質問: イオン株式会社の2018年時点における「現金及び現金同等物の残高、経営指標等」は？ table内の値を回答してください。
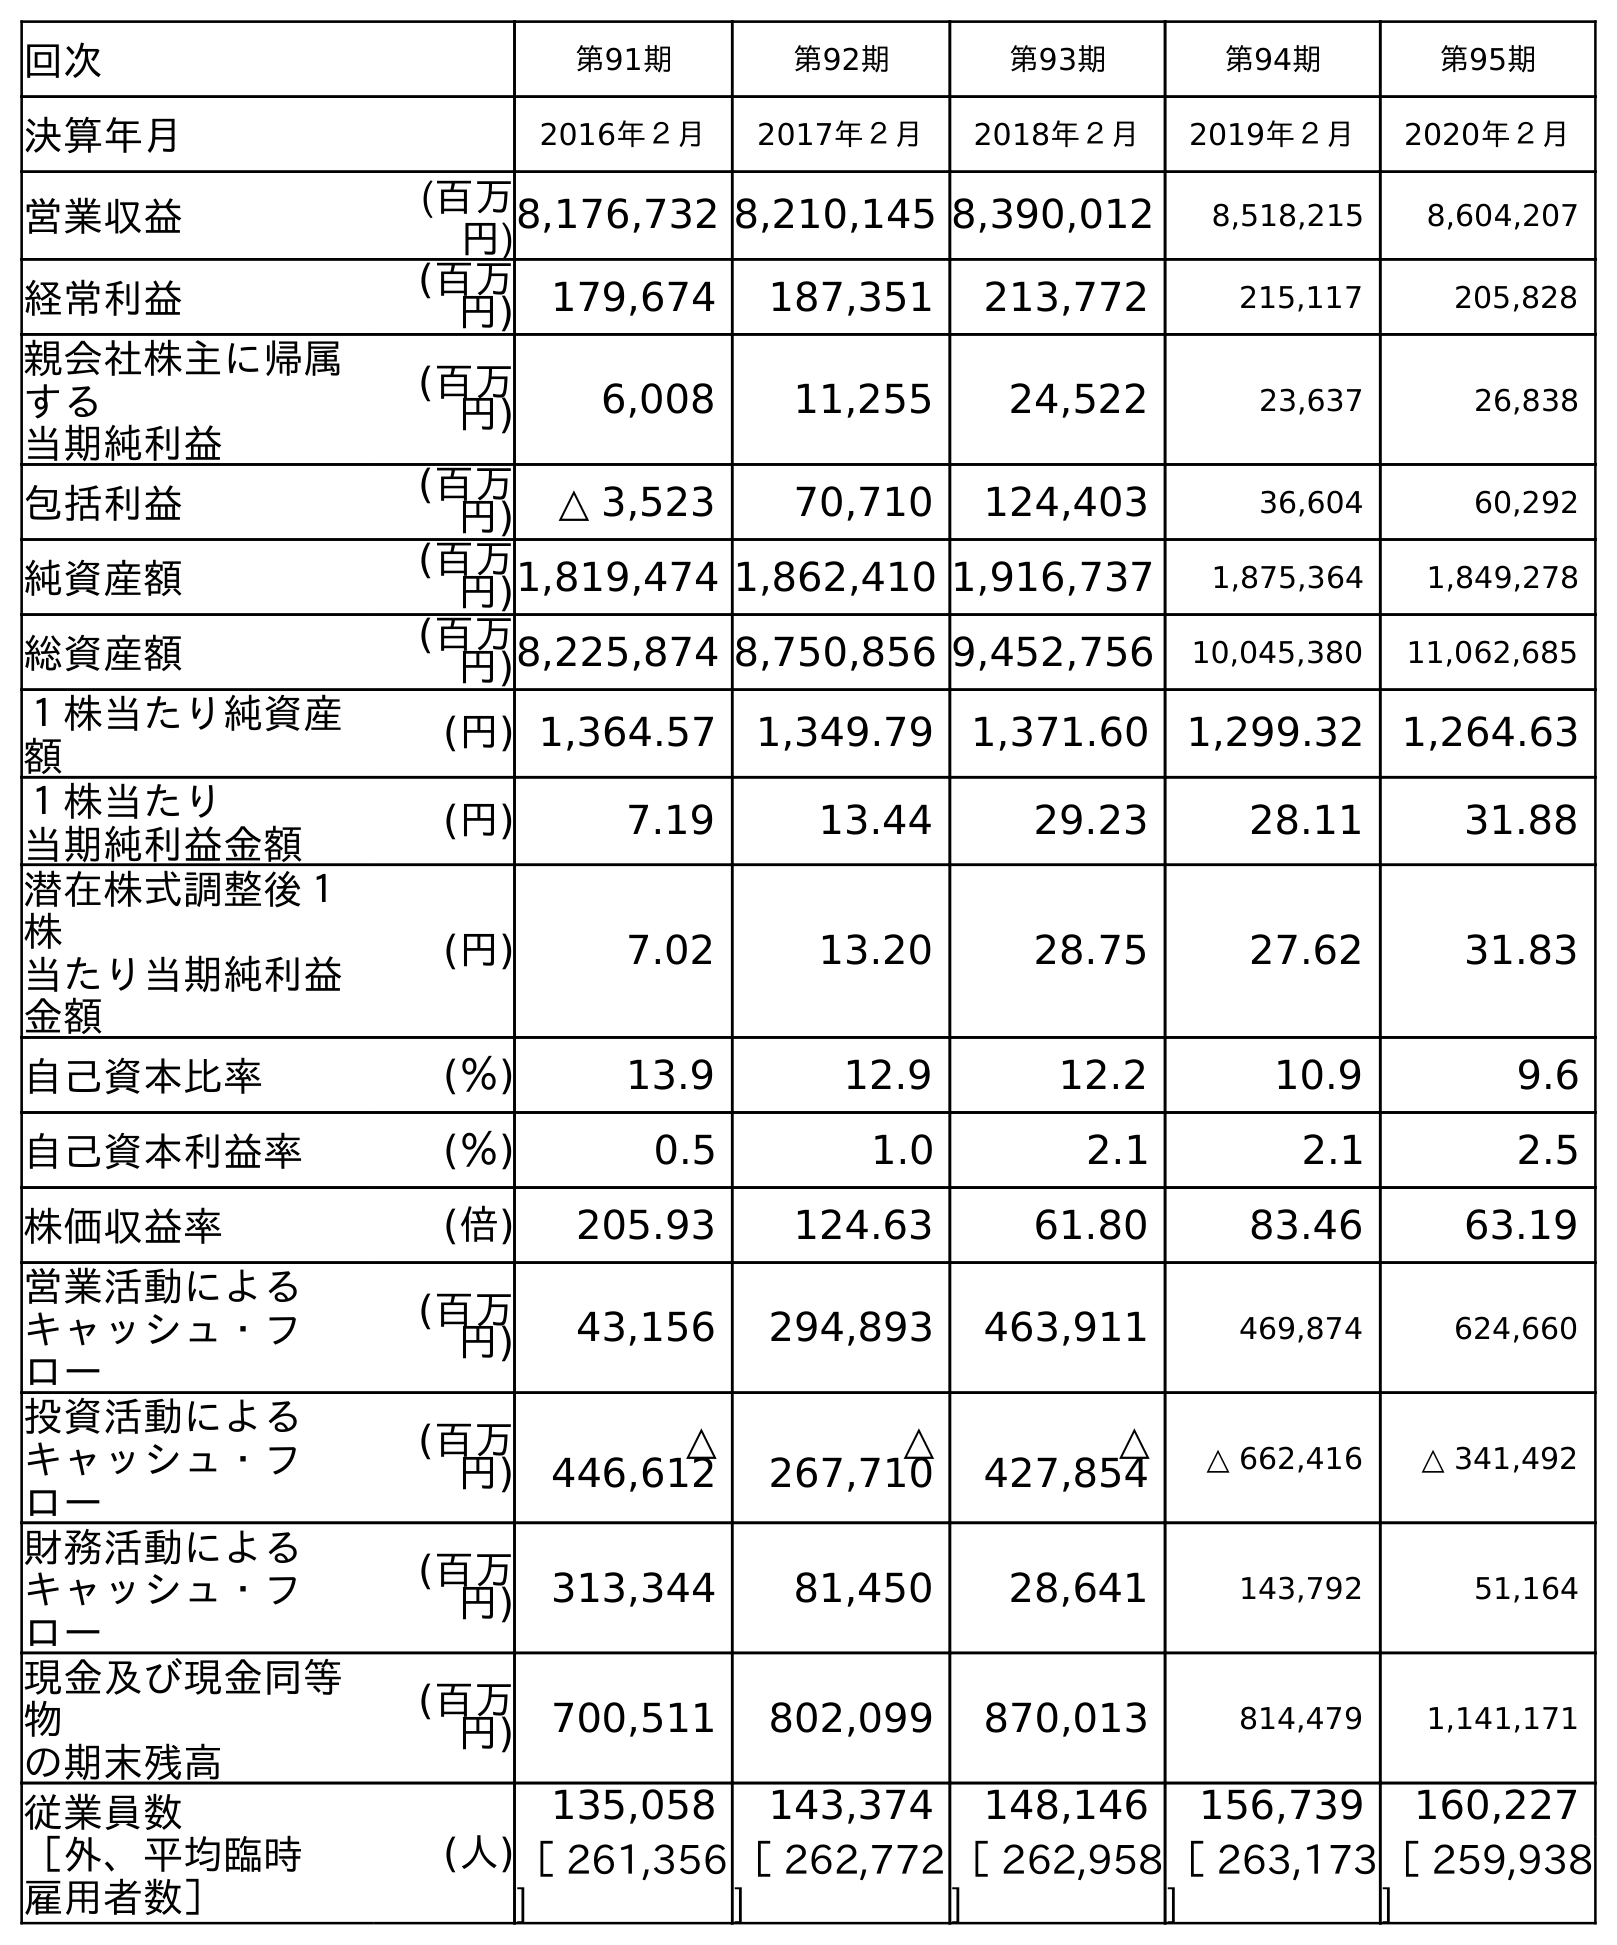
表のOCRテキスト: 回次 第91期 第92期 第93期 第94期 第95期 決算年月 2016年２月 2017年２月 2018年２月 2019年２月 2020年２月 営業収益 (百万 円)8,176,732 8,210,145 8,390,012 8,518,215 8,604,207 経常利益 (百万 円) 179,674 187,351 213,772 215,117 205,828 親会社株主に帰属 する 当期純利益 (百万 円) 6,008 11,255 24,522 23,637 26,838 包括利益 (百万 円) △ 3,523 70,710 124,403 36,604 60,292 純資産額 (百万 円)1,819,474 1,862,410 1,916,737 1,875,364 1,849,278 総資産額 (百万 円)8,225,874 8,750,856 9,452,756 10,045,380 11,062,685 １株当たり純資産 額 (円) 1,364.57 1,349.79 1,371.60 1,299.32 1,264.63 １株当たり 当期純利益金額 (円) 7.19 13.44 29.23 28.11 31.88 潜在株式調整後１ 株 当たり当期純利益 金額 (円) 7.02 13.20 28.75 27.62 31.83 自己資本比率 (％) 13.9 12.9 12.2 10.9 9.6 自己資本利益率 (％) 0.5 1.0 2.1 2.1 2.5 株価収益率 (倍) 205.93 124.63 61.80 83.46 63.19 営業活動による キャッシュ・フ ロー (百万 円) 43,156 294,893 463,911 469,874 624,660 投資活動による キャッシュ・フ ロー (百万 円) △ 446,612 △ 267,710 △ 427,854 △ 662,416 △ 341,492 財務活動による キャッシュ・フ ロー (百万 円) 313,344 81,450 28,641 143,792 51,164 現金及び現金同等 物 の期末残高 (百万 円) 700,511 802,099 870,013 814,479 1,141,171 従業員数 ［外、平均臨時 雇用者数］ (人) 135,058 143,374 148,146 156,739 160,227 ［ 261,356 ] ［ 262,772 ] ［ 262,958 ] ［ 263,173 ] ［ 259,938 ]
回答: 870,013